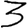
Digit: 3